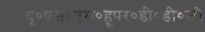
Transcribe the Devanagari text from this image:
यू०एस०एस०हूपर०डी०डी०जी